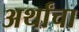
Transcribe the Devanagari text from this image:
अर्थांचा